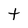
Character: t